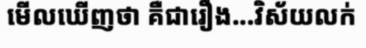
មើលឃើញថា គឺជារឿង...វិស័យលក់